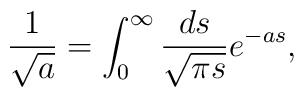
\frac {1} {\sqrt{a}} = \int_0^{\infty} \frac {ds} {\sqrt{\pi s}}e^{-as},